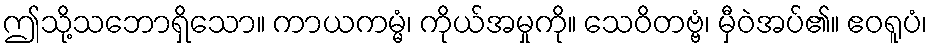
ဤသို့သဘောရှိသော။ ကာယကမ္မံ၊ ကိုယ်အမှုကို။ သေဝိတဗ္ဗံ၊ မှီဝဲအပ်၏။ ဧဝရူပံ၊